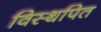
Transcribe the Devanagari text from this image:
विस्थपित